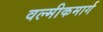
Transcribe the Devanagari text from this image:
वल्मीकमार्ग